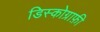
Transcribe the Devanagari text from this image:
डिस्कोग्राफ़ी